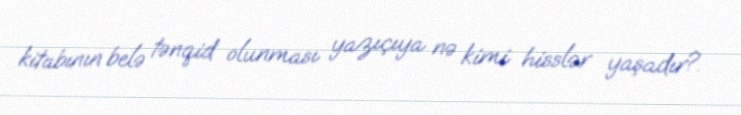
kitabının belə tənqid olunması yazıçıya nə kimi hisslər yaşadır?.